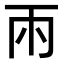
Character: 𮦄